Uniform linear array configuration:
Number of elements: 64
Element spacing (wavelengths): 0.75
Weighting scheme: binomial
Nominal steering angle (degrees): -15
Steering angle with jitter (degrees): -16.351
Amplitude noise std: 0.05
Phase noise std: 0.05

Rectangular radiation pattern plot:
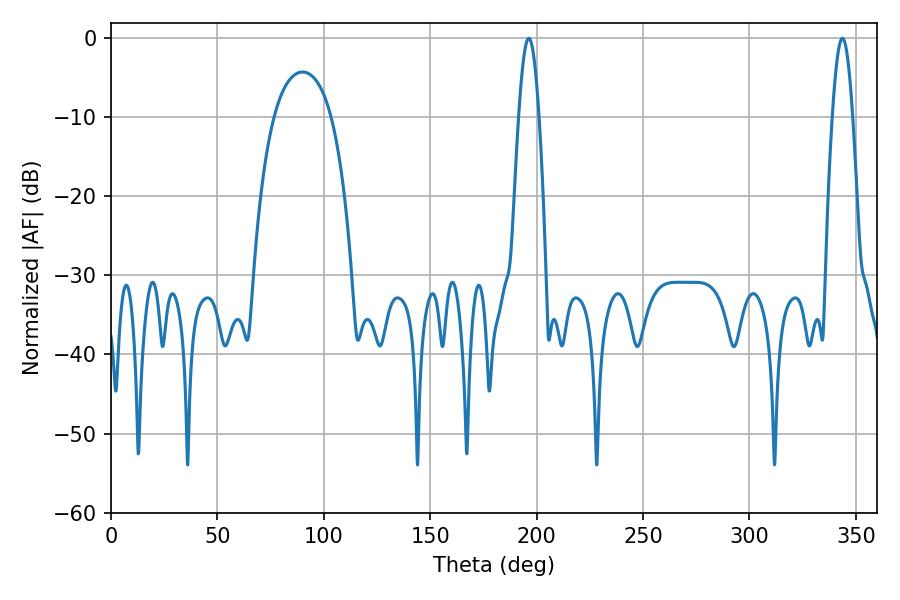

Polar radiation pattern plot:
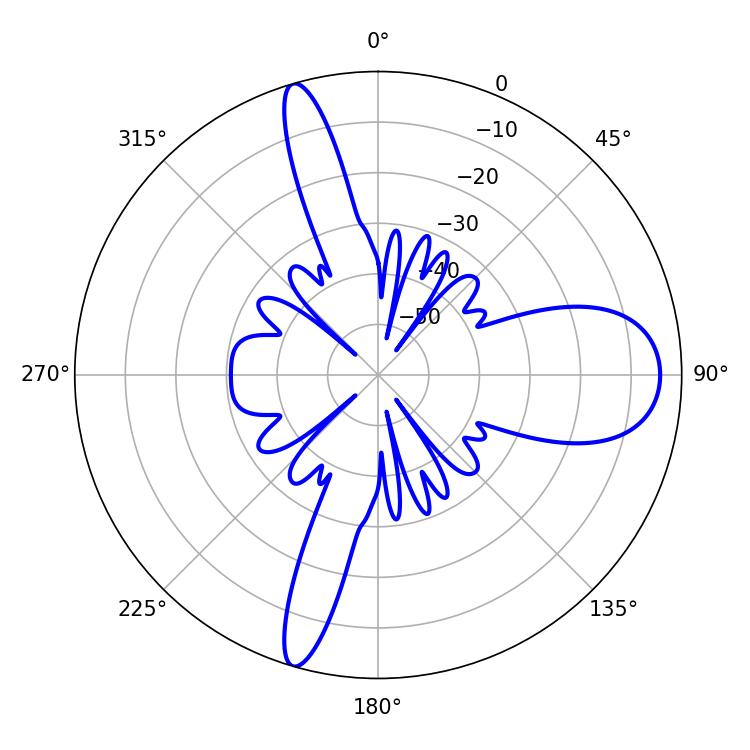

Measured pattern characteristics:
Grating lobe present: TRUE
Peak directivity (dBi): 14.052
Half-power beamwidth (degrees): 5.22
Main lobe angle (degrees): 196.38